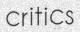
critics